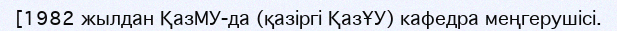
[1982 жылдан ҚазМУ-да (қазіргі ҚазҰУ) кафедра меңгерушісі.